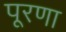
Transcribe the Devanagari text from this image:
पूरणा